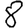
Digit: 8